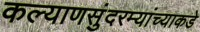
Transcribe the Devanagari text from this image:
कल्याणसुंदरम्यांच्याकडे